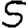
Digit: 5